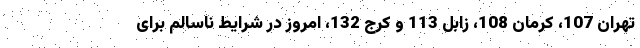
تهران 107، کرمان 108، زابل 113 و کرج 132، امروز در شرایط ناسالم برای